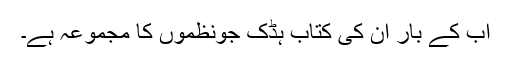
اب کے بار ان کی کتاب ہڈک جونظموں کا مجموعہ ہے۔